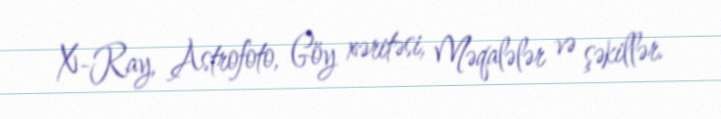
X-Ray, Astrofoto, Göy xəritəsi, Məqalələr və şəkillər.